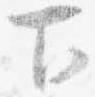
下